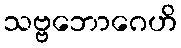
သဗ္ဗဘောဂေဟိ